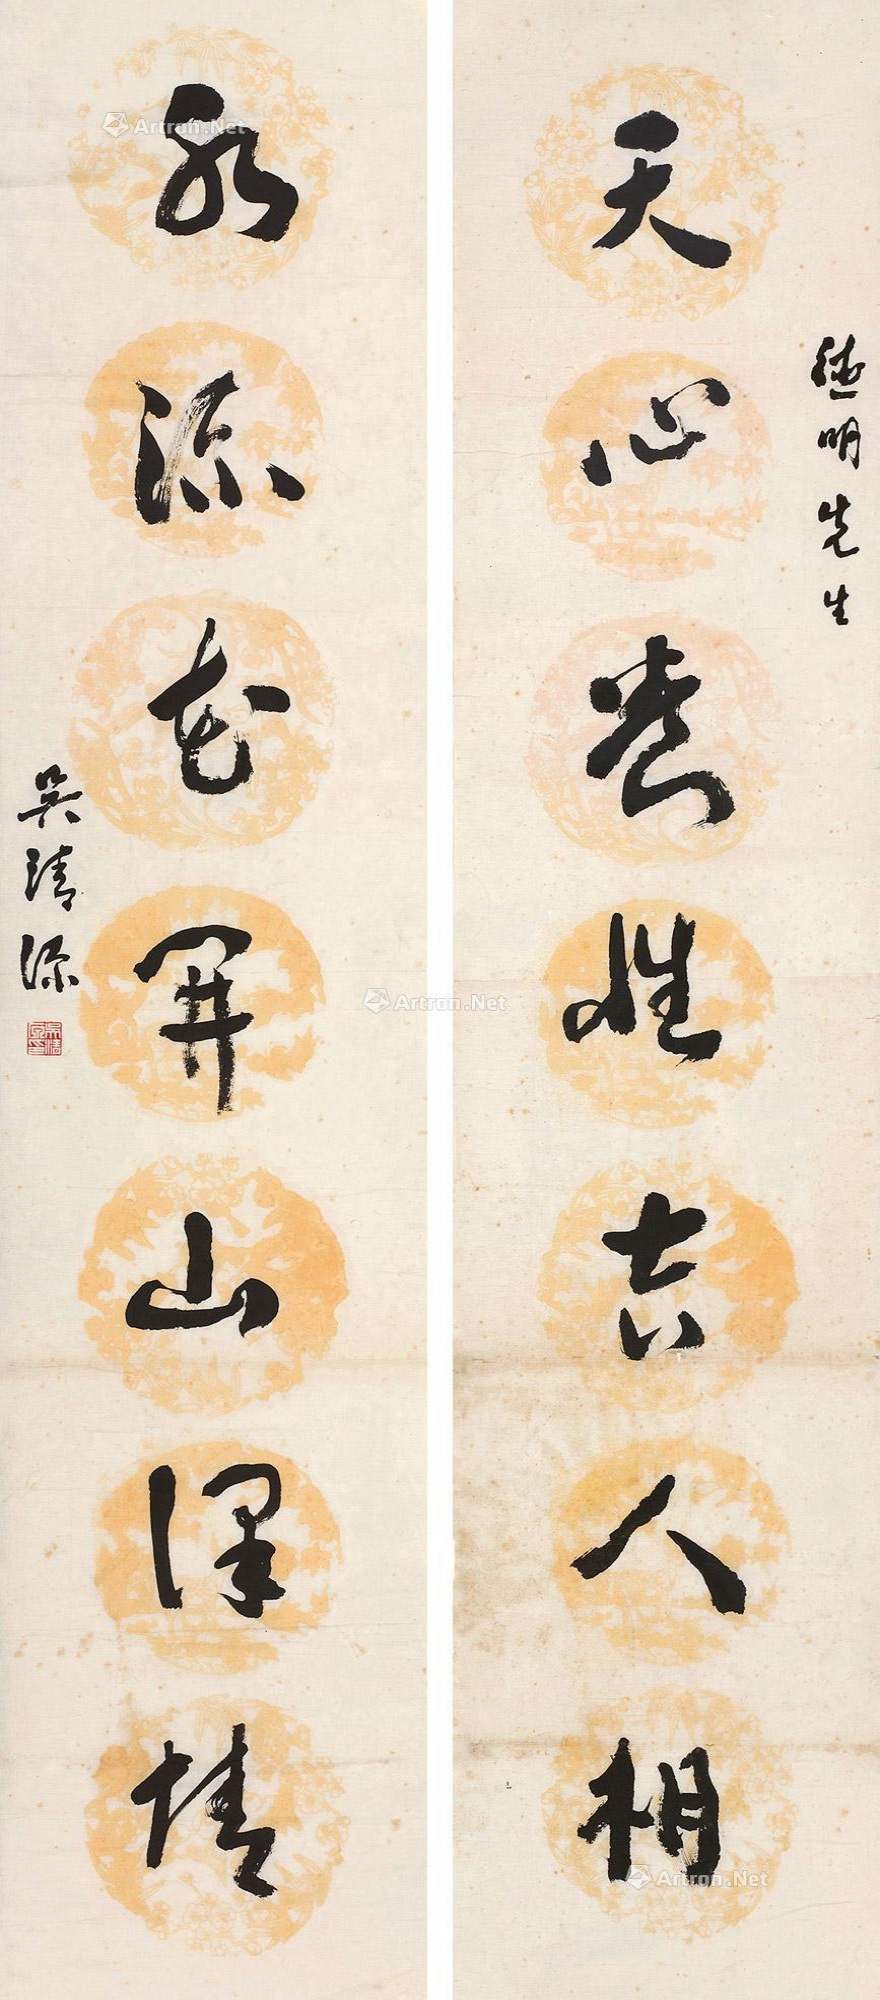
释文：天心养性吉人相，水流花开山泽情。德明先生，吴清源。